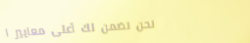
نحن نضمن لك أعلى معايير ا